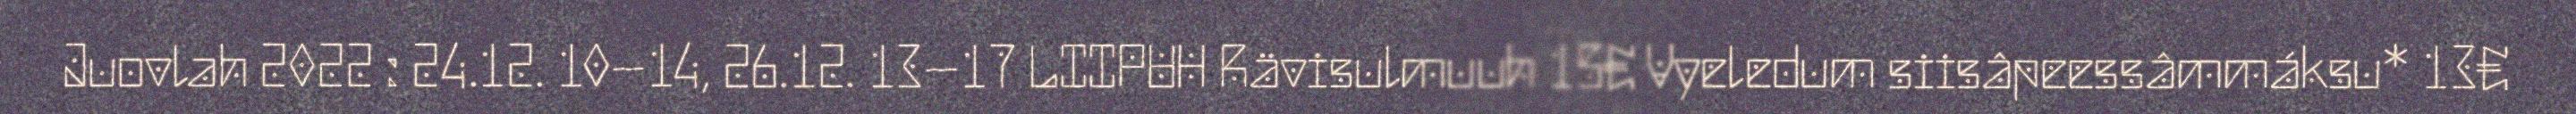
Juovlah 2022 : 24.12. 10–14, 26.12. 13–17 LIIPUH Rävisulmuuh 15€ Vyeledum siisâpeessâmmáksu* 13€